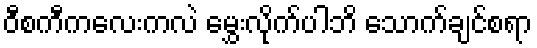
ဝီစကီကလေးကလဲ မွှေးလိုက်ပါဘိ သောက်ချင်စရာ